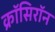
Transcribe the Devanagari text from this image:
क्रॉसिरॉन